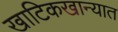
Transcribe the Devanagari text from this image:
खाटिकखान्यात